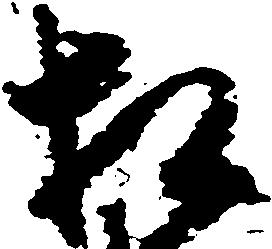
相